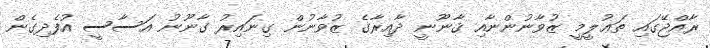
ރާއްޖޭގައި ތަޢުލީމީ ޒުވާނުންނާއި ޤާނޫނީ ދާއިރާގެ ޒުވާނުން ގިނައިރު ގާނޫނު އަސާސީ އުފެދިގެން